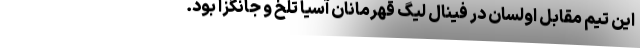
این تیم مقابل اولسان در فینال لیگ قهرمانان آسیا تلخ و جانگزا بود.